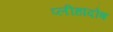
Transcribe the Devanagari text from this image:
प्लीहादोष